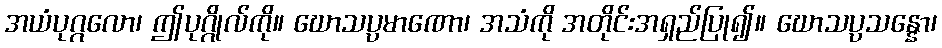
အယံပုဂ္ဂလော၊ ဤပုဂ္ဂိုလ်ကို။ ဃောသပ္ပမာဏော၊ အသံကို အတိုင်းအရှည်ပြု၍။ ဃောသပ္ပသန္နော၊